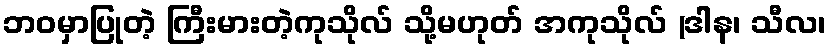
ဘဝမှာပြုတဲ့ ကြီးမားတဲ့ကုသိုလ် သို့မဟုတ် အကုသိုလ် (ဒါန၊ သီလ၊